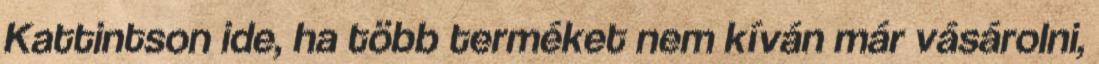
Kattintson ide, ha több terméket nem kíván már vásárolni,